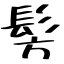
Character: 髣